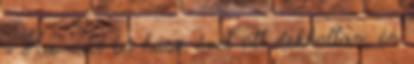
- Ha már bő húsz évet ott dekkoltam én